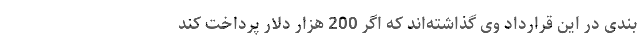
بندی در این قرارداد وی گذاشته‌اند که اگر 200 هزار دلار پرداخت کند